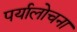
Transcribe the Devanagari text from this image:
पर्यालोचना